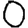
Digit: 0